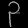
Digit: ၃